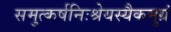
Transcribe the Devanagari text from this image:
समुत्कर्षनिःश्रेयस्यैकमुग्रं